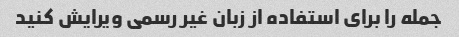
جمله را برای استفاده از زبان غیر رسمی ویرایش کنید